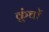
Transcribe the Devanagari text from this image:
क्रुंचों